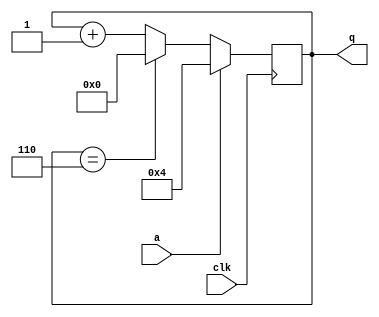
module top_module (
    input clk,
    input a,
    output [3:0] q
);

reg [3:0] q_reg;
wire [3:0] q_nxt = q_reg == 4'd6 ? 4'd0 : q_reg + 1'b1;
always @ (posedge clk) begin
    if (a) q_reg <= 4'd4;
    else q_reg <= q_nxt;
end

assign q = q_reg;

endmodule